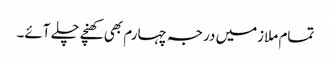
تمام ملازمیں درجہ چہارم بھی کھنچے چلے آئے۔